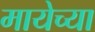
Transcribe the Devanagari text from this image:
मायेच्या